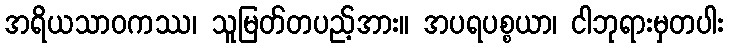
အရိယသာဝကဿ၊ သူမြတ်တပည့်အား။ အပရပစ္စယာ၊ ငါဘုရားမှတပါး